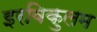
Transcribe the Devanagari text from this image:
इरविकुलम